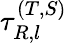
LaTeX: \tau_{R,l}^{(T,S)}